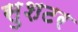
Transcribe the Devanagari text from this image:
सुशटर